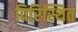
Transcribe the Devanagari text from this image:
पिरिस्थित